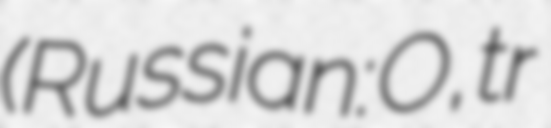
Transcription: (Russian: Новосиби́рские Oстрова, tr